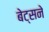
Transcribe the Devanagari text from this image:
बेट्सने